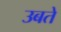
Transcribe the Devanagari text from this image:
उबते